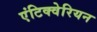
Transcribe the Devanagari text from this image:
एंटिक्वेरियन